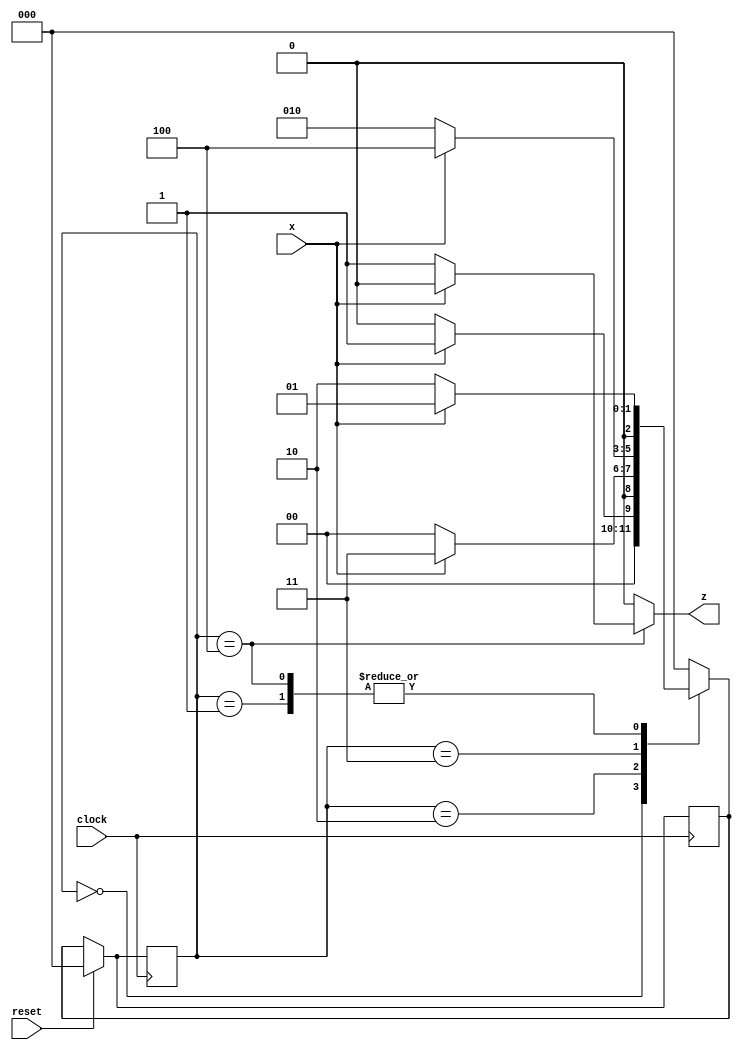
/*Pattern 10110*/

module seq_detector(x,reset,clock,z);
  input reset,clock,x;
  output reg z;
  
  
  parameter S0 = 3'b000, S1 = 3'b001, S2 = 3'b010, S3 = 3'b011, S4 = 3'b100;
  reg [2:0] next_state,state;
  
  always@(posedge clock) begin
    if(reset) begin
      next_state <= S0;
      state <= S0;end
    else state<=next_state;
  end
    
  always@(x ,state) begin
      case(state)
        S0: begin if(x) next_state<=S1;
        else next_state<=S0; 
        end
        S1: begin if(x) next_state<=S1;
        else next_state<=S2; 
        end
        S2: begin if(x) next_state<=S3;
        else next_state<=S0; 
        end
        S3: begin if(x) next_state<=S4;
        else next_state<=S2; 
        end
        S4: begin if(x) next_state<=S1;
        else next_state<=S2; 
        end       
        default: next_state <= S0;
      endcase     
    end
    
    always@(x,state) begin
      case(state)
        S4: if(x) z = 0;
        else z = 1;
        S0,S1,S2,S3: z= 0;
        default: z=0;
      endcase
      
    end
  
endmodule

/*Testbench*/
module seq_detector_tb;
  reg x,reset,clock;
  wire z;
  
  seq_detector SD(x,reset,clock,z);
  
  initial $monitor($time, "x= %b, z = %b, state = %b, next_state = %b",x,z,SD.state,SD.next_state);
  
  initial clock = 1'b1;
  always #2 clock = ~clock;
  
  initial begin
   reset = 1'b1;
    #3 reset = 1'b0;
      x = 1;
    #8 x = 0;
    #4 x = 1;
    #4 x = 1;
    #4 x = 0;
    #4 $finish;
  end
  
  initial begin
    $dumpfile("dump.vcd");
    $dumpvars;
  end
endmodule